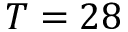
T = 2 8